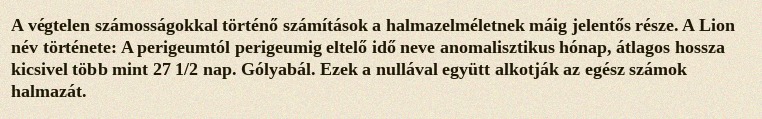
A végtelen számosságokkal történő számítások a halmazelméletnek máig jelentős része. A Lion név története: A perigeumtól perigeumig eltelő idő neve anomalisztikus hónap, átlagos hossza kicsivel több mint 27 1/2 nap. Gólyabál. Ezek a nullával együtt alkotják az egész számok halmazát.